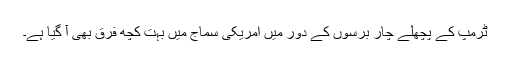
ٹرمپ کے پچھلے چار برسوں کے دور میں امریکی سماج میں بہت کچھ فرق بھی آ گیا ہے۔